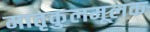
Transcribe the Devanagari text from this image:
मातृकुलमूलक